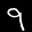
Label: 9